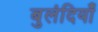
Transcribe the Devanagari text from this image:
बुलंदियाँ